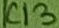
Text: C13